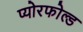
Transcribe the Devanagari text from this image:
प्योरफोल्ड